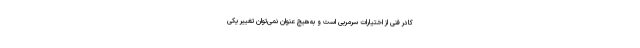
کادر فنی از اختیارات سرمربی است و به‌هیچ عنوان نمی‌توان تغییر یکی